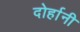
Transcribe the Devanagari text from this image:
दोर्हानी